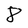
Character: 8